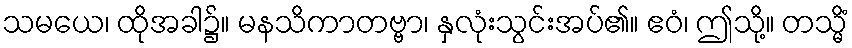
သမယေ၊ ထိုအခါ၌။ မနသိကာတဗ္ဗာ၊ နှလုံးသွင်းအပ်၏။ ဧဝံ၊ ဤသို့။ တသ္မိံ